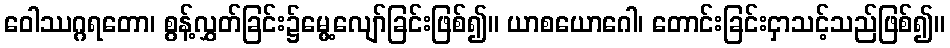
ဝေါဿဂ္ဂရတော၊ စွန့်လွှတ်ခြင်း၌မွေ့လျော်ခြင်းဖြစ်၍။ ယာစယောဂေါ၊ တောင်းခြင်းငှာသင့်သည်ဖြစ်၍။